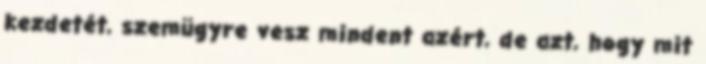
kezdetét, szemügyre vesz mindent azért, de azt, hogy mit